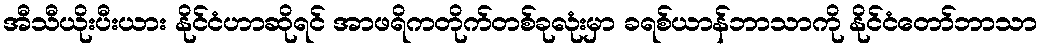
အီသီယိုးပီးယား နိုင်ငံဟာဆိုရင် အာဖရိကတိုက်တစ်ခုလုံးမှာ ခရစ်ယာန်ဘာသာကို နိုင်ငံတော်ဘာသာ